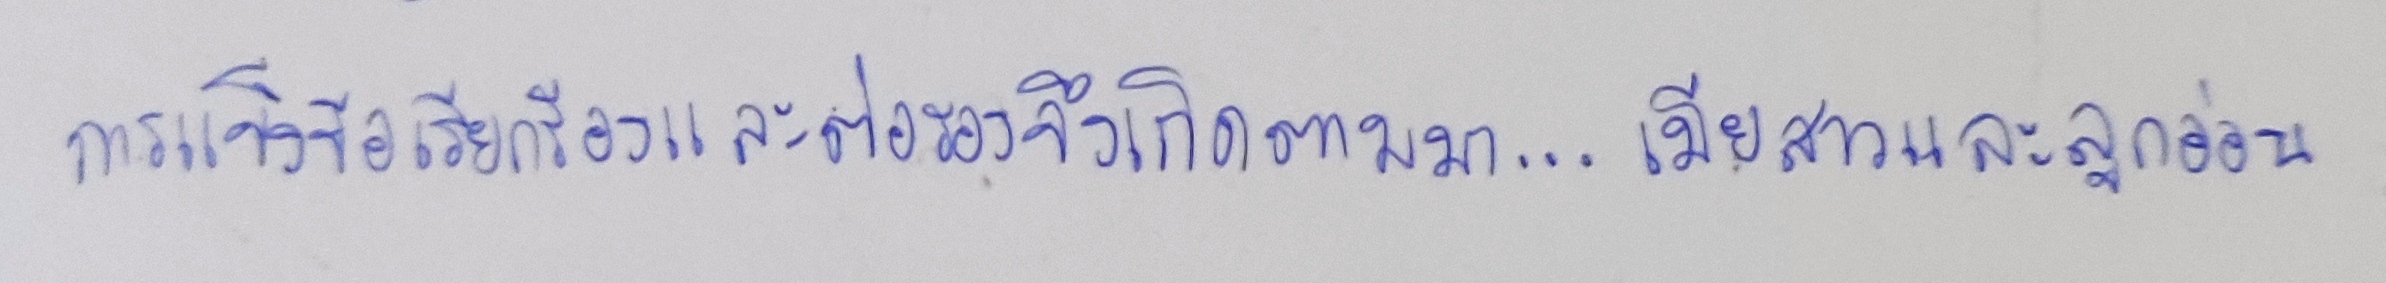
การแข็งข้อเรียกร้องและต่อรองจึงเกิดตามมา...เมียสาวและลูกอ่อน